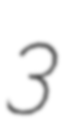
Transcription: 3